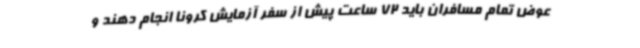
عوض تمام مسافران باید 72 ساعت پیش از سفر آزمایش کرونا انجام دهند و